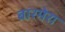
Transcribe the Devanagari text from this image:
बारमेरा